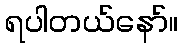
ရပါတယ်နော်။